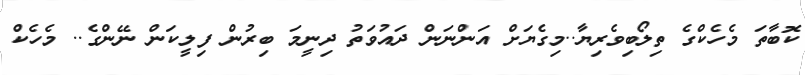
ކޮބާތަ މެހެކްގެ ތިލޯބިވެރިޔާ..މިގެޔަށް އަންނަން ދައުވަތު ދިނީމަ ބިރުން ފިލީކަން ނޭންގެ.. މެހެކް